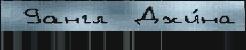
 9англ  Джи́на